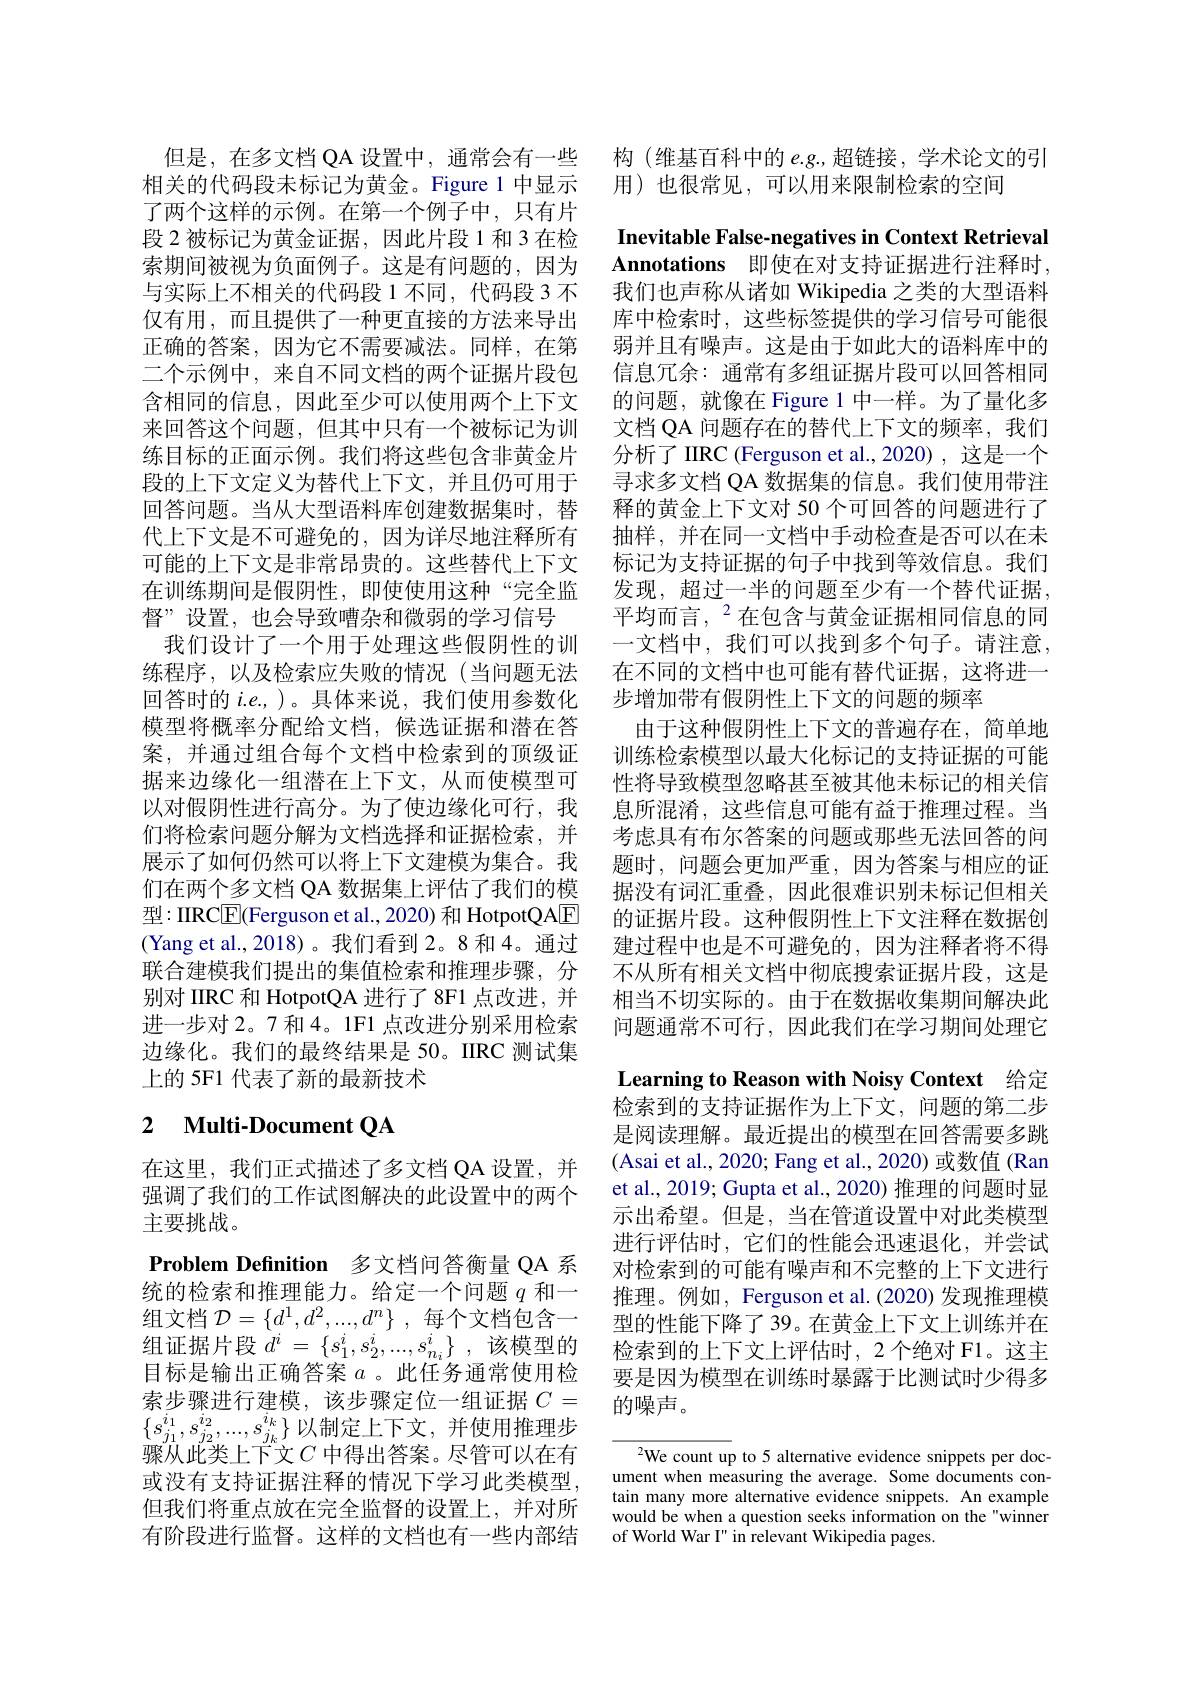
了两个这样的示例。在第一个例子中，只有片段 2 被标记为黄金证据，因此片段 1 和 3 在检索期间被视为负面例子。这是有问题的，因为与实际上不相关的代码段 1 不同，代码段 3 不仅有用，而且提供了一种更直接的方法来导出正确的答案，因为它不需要减法。同样，在第
二个示例中，来自不同文档的两个证据片段包含相同的信息，因此至少可以使用两个上下文来回答这个问题，但其中只有一个被标记为训练目标的正面示例。我们将这些包含非黄金片段的上下文定义为替代上下文，并且仍可用于回答问题。当从大型语料库创建数据集时，替代上下文是不可避免的，因为详尽地注释所有可能的上下文是非常昂贵的。这些替代上下文在训练期间是假阴性，即使使用这种“完全监 发现，超过一半的问题至少有一个替代证据，
督”设置，也会导致嘈杂和微弱的学习信号
我们设计了一个用于处理这些假阴性的训 一文档中，我们可以找到多个句子。请注意， 练程序，以及检索应失败的情况 (当问题无法 在不同的文档中也可能有替代证据，这将进一回答时的$i.e.$)。具体来说，我们使用参数化
模型将概率分配给文档，候选证据和潜在答案，并通过组合每个文档中检索到的顶级证据来边缘化一组潜在上下文，从而使模型可以对假阴性进行高分。为了使边缘化可行，我们将检索问题分解为文档选择和证据检索，并展示了如何仍然可以将上下文建模为集合。我们在两个多文档 QA 数据集上评估了我们的模$型：IIRC\boxed{\mathrm{F}}($Ferguson et al., 2020) 和 HotpotQAE (Yang et al.,2018)。我们看到 2。8 和 4。通过联合建模我们提出的集值检索和推理步骤，分别对 IIRC 和 HotpotQA 进行了8F1 点改进，并进一步对 2。7 和 4。1F1 点改进分别采用检索边缘化。我们的最终结果是 50。IIRC 测试集上的 5F1 代表了新的最新技术

# 2 Multi-Document QA

在这里，我们正式描述了多文档 QA 设置，并强调了我们的工作试图解决的此设置中的两个主要挑战。
Problem Definition 多文档问答衡量 QA 系统的检索和推理能力。给定一个问题$q$和一组文档$\mathcal{D} = \{ d^1, d^2, . . . , d^n\}$ ,每个文档包含一组证据片段 $d^i=\{s_1^i,s_2^i,...,s_{n_i}^i\}~,~$该模型的目标是输出正确答案$a$ 。此任务通常使用检索步骤进行建模，该步骤定位一组证据$C=$ $\{s_{j_1}^{i_1},s_{j_2}^{i_2},...,s_{j_k}^{i_k}\}$以制定上下文，并使用推理步骤从此类上下文$C$ 中得出答案。尽管可以在有或没有支持证据注释的情况下学习此类模型， 但我们将重点放在完全监督的设置上，并对所有阶段进行监督。这样的文档也有一些内部结

但是，在多文档QA 设置中，通常会有一些 构 (维基百科中的$e.g.$超链接，学术论文的引
相关的代码段未标记为黄金。Figure 1 中显示 用)也很常见，可以用来限制检索的空间

Inevitable False-negatives in Context Retrieval Annotations 即使在对支持证据进行注释时， 我们也声称从诸如 Wikipedia 之类的大型语料库中检索时，这些标签提供的学习信号可能很弱并且有噪声。这是由于如此大的语料库中的信息冗余：通常有多组证据片段可以回答相同的问题，就像在 Figure 1 中一样。为了量化多文档 QA 问题存在的替代上下文的频率，我们分析了IIRC (Ferguson et al.,2020),这是一个寻求多文档 QA 数据集的信息。我们使用带注释的黄金上下文对 50 个可回答的问题进行了抽样，并在同一文档中手动检查是否可以在未标记为支持证据的句子中找到等效信息。我们平均而言，$^{2}$在包含与黄金证据相同信息的同步增加带有假阴性上下文的问题的频率
由于这种假阴性上下文的普遍存在，简单地训练检索模型以最大化标记的支持证据的可能性将导致模型忽略甚至被其他未标记的相关信息所混淆，这些信息可能有益于推理过程。当考虑具有布尔答案的问题或那些无法回答的问题时，问题会更加严重，因为答案与相应的证据没有词汇重叠，因此很难识别未标记但相关的证据片段。这种假阴性上下文注释在数据创建过程中也是不可避免的，因为注释者将不得不从所有相关文档中彻底搜索证据片段，这是相当不切实际的。由于在数据收集期间解决此问题通常不可行，因此我们在学习期间处理它Learning to Reason with Noisy Context 给定检索到的支持证据作为上下文，问题的第二步是阅读理解。最近提出的模型在回答需要多跳(Asai et al., 2020; Fang et al., 2020) 或数值 (Ran et al., 2019; Gupta et al., 2020) 推理的问题时显示出希望。但是，当在管道设置中对此类模型进行评估时，它们的性能会迅速退化，并尝试对检索到的可能有噪声和不完整的上下文进行推理。例如，Ferguson et al.(2020) 发现推理模型的性能下降了 39。在黄金上下文上训练并在检索到的上下文上评估时，2个绝对 F1。这主要是因为模型在训练时暴露于比测试时少得多的噪声。

$^{2}$We count up to 5 alternative evidence snippets per document when measuring the average. Some documents contain many more alternative evidence snippets. An example would be when a question seeks information on the"winner of World War I" in relevant Wikipedia pages.